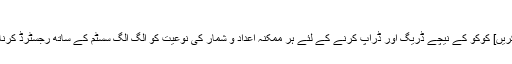
اب فکسڈ
[درست کریں] کوکو کے نیچے ڈریگ اور ڈراپ کرنے کے لئے ہر ممکنہ اعداد و شمار کی نوعیت کو الگ الگ سسٹم کے ساتھ رجسٹرڈ کرنا ہوتا ہے۔